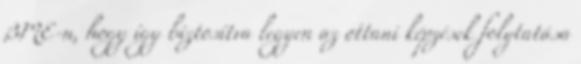
BME-n, hogy így biztosítva legyen az ottani képzések folytatása